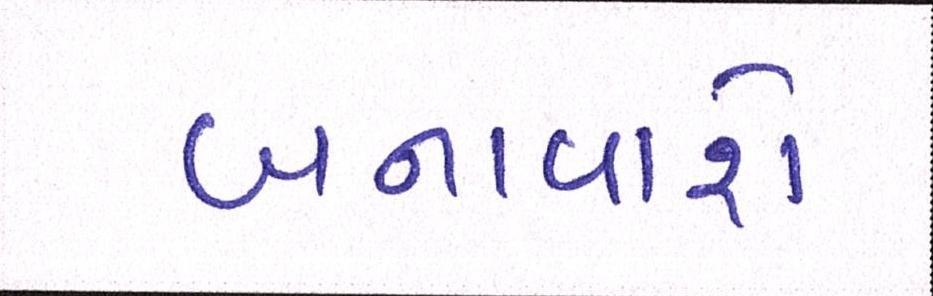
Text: બનાવાશે